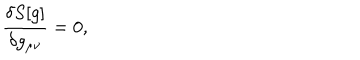
\frac { \delta S [ g ] } { \delta g _ { \mu \nu } } = 0 ,